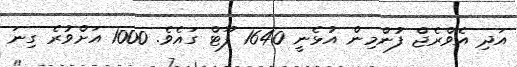
އަދި އެވްރެޖް ފުންމިން އުޅެނީ 1640 ފޫޓް ގައެވެ. 1000 އަށްވުރެ ގިނަ